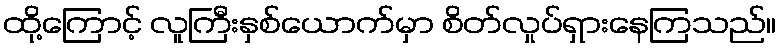
ထို့ကြောင့် လူကြီးနှစ်ယောက်မှာ စိတ်လှုပ်ရှားနေကြသည်။